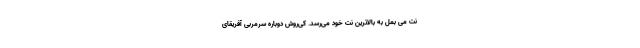
نت می بمل به بالاترین نت خود می‌رسد. کی‌روش دوباره سرمربی آفریقای